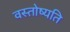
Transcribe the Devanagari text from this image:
वस्तोष्यति